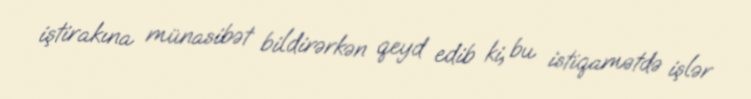
iştirakına münasibət bildirərkən qeyd edib ki, bu istiqamətdə işlər